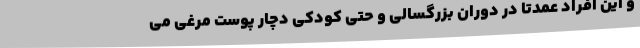
و این افراد عمدتا در دوران بزرگسالی و حتی کودکی دچار پوست مرغی می